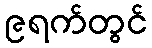
၉ရက်တွင်